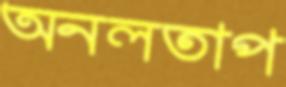
অনলতাপ